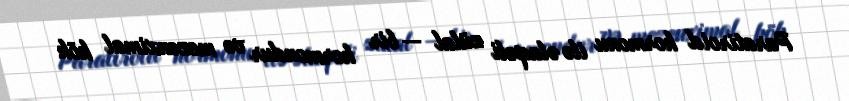
Paratiroid hormonu ilə əlaqəli zülal — bir hormondur və mezenximal kök